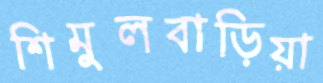
শিমুলবাড়িয়া